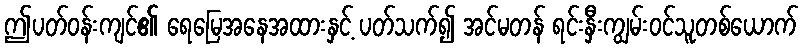
ဤပတ်ဝန်းကျင်၏ ရေမြေအနေအထားနှင့် ပတ်သက်၍ အင်မတန် ရင်းနှီးကျွမ်းဝင်သူတစ်ယောက်